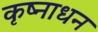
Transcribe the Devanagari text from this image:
कृष्नाधन